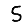
Digit: 5